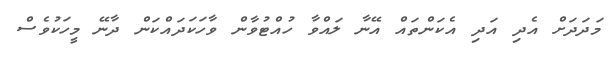
މަދަދަށް އެދި އަދި އެކަންތައް އޭނާ ލައްވާ ހުއްޓުވާން ވާހަކަދައްކަން ދާނޭ މީހަކުވެސް